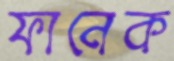
ফানেক